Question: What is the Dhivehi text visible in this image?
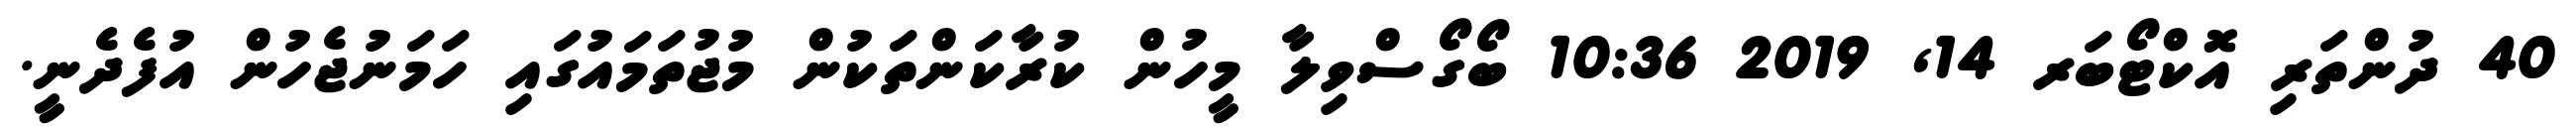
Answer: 40 ދުންތަރި އޮކްޓޯބަރ 14, 2019 10:36 ބޯގޯސްވިލާ މީހުން ކުރާކަންތަކުން މުޖުތަމައުގައި ހަމަނުޖެހުން އުފެދެނީ.